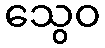
သွေဝ